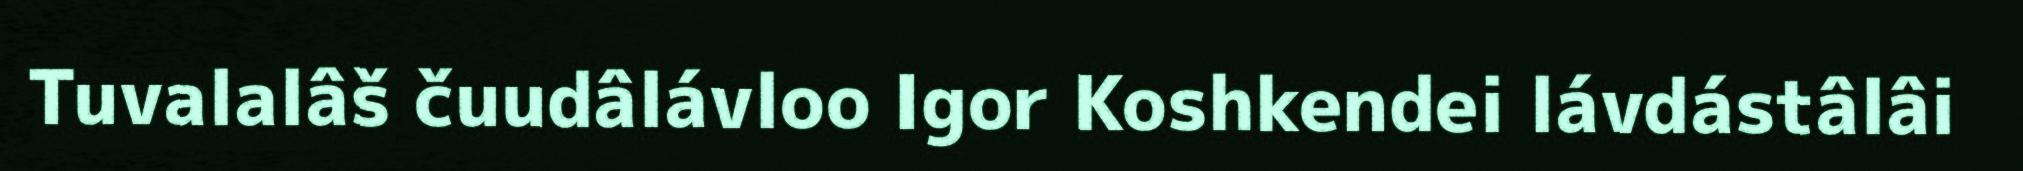
Tuvalalâš čuudâlávloo Igor Koshkendei lávdástâlâi